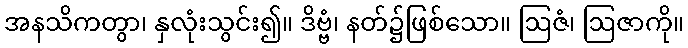
အနသိကတွာ၊ နှလုံးသွင်း၍။ ဒိဗ္ဗံ၊ နတ်၌ဖြစ်သော။ ဩဇံ၊ ဩဇာကို။